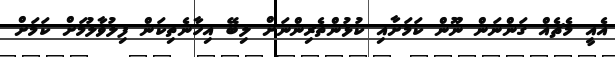
އެއީ މެޗެއް ގަންނަން ނޫން ކަމަށާއި ކުޅުންތެރިންނަށް ލިބޭ އިހާނެތިކަން ފިލުވާލުމަށް ކަމަށް